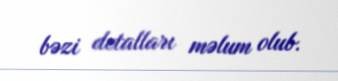
bəzi detalları məlum olub.